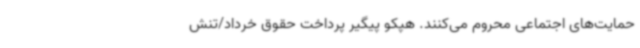
حمایت‌های اجتماعی محروم می‌کنند. هپکو پیگیر پرداخت حقوق خرداد/تنش